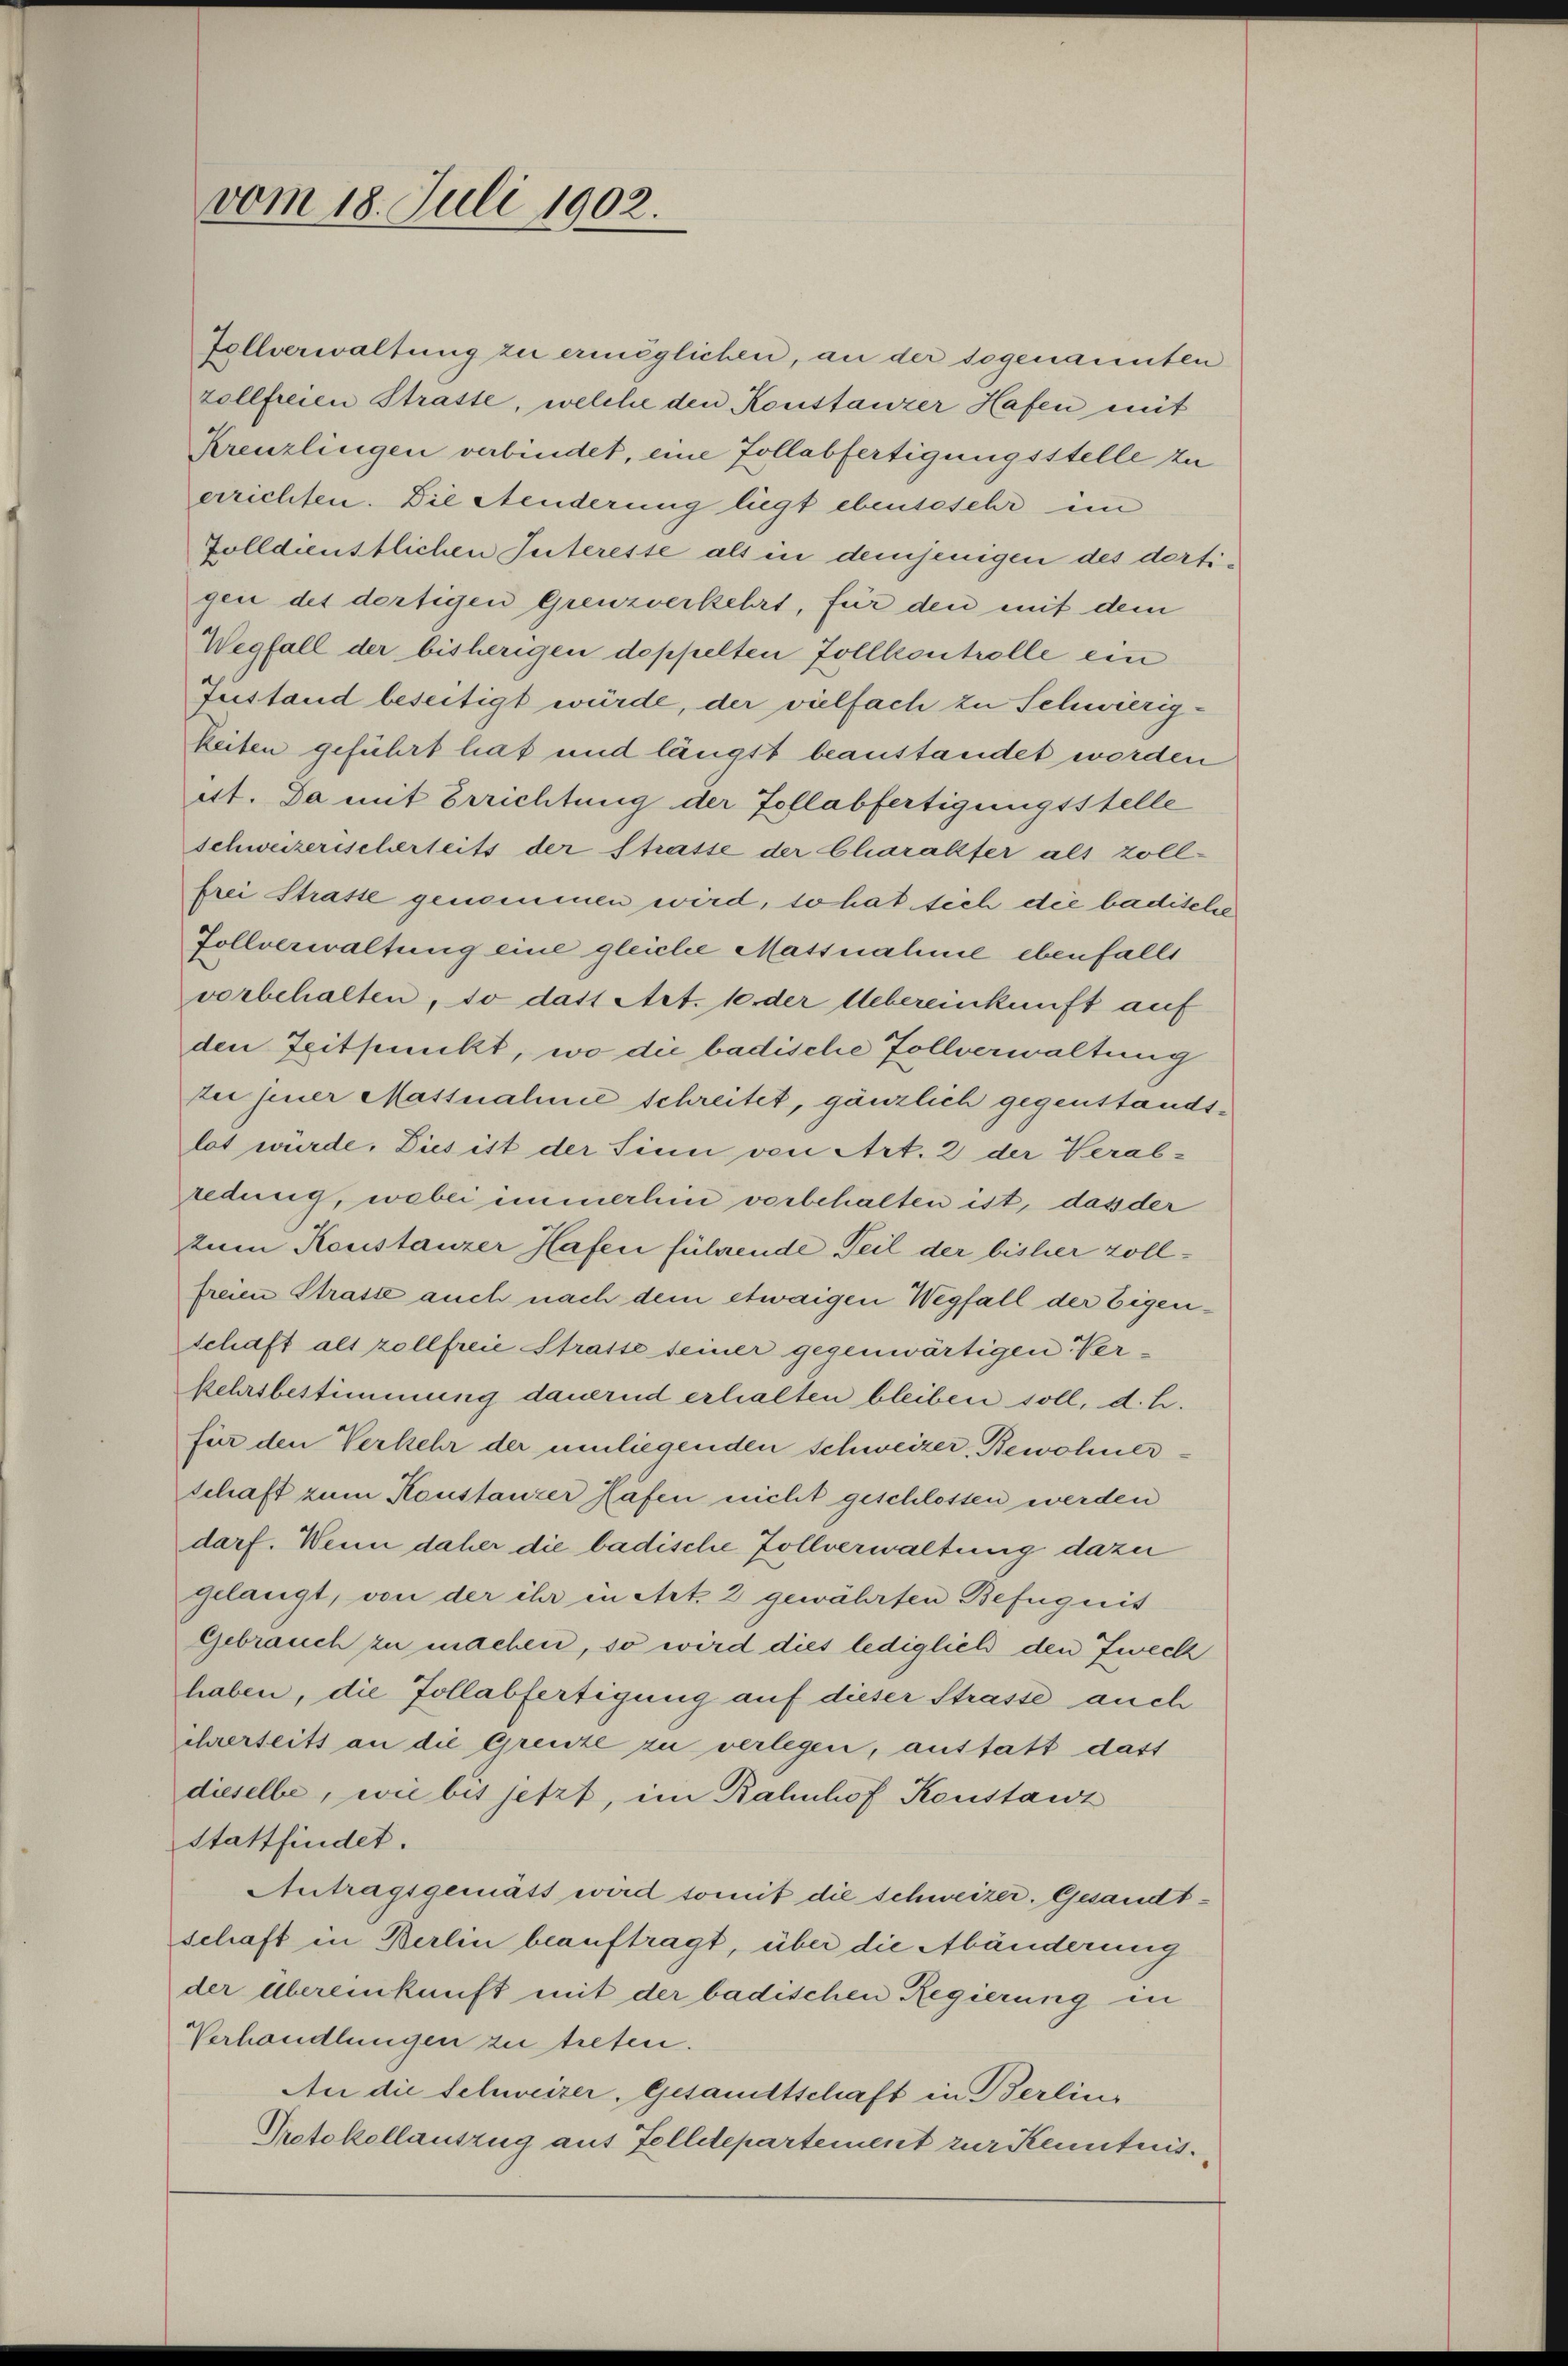
vom 18. Juli 1902.

Zollverwaltung zu ermöglichen, an der sogenannten
zollfreien Straste, welche den Konstanzer Hafen mit
Kreuzlingen verbindet, eine Follabfertigungsstelle zu
errichten. Die Aenderung liegt ebensosehr im
zolldienstlichen Suteresse als in demjenigen des dortigen des dortigen Grenzverkehrt, für den mit dem
Wegfall der bisherigen doppelten Zollkontrolle ein
Zustand beseitigt würde, der vielfach zu Schwierigkeiten geführt hat und längst beanstandet worden
ett. Da mit Errichtung der Tollabfertigungsstelle
schweizeriselerleits der Strasse der Charakter als zoll-
frei Strasse genommen wird, so hat sich die badische
Zollverwaltung eine gleiche Massnahme ebenfalls
vorbehalten, so dass Art. 10 der Uebereinkunft auf
den Zeitpunkt, wo die badische Zollverwaltung
sei jener Massnahme schreitet, gänzlich gegenstandslot würde. Dies ist der Sinn von Art. 2 der Verab-
redung, wobei immerhin vorbehalten ist, das der
zum Konstanzer Hafen führende Teil der bisher zollfreien Strasse auch nach dem etwaigen Wegfall der Eigen¬
Schaft alt zollfreie Strasse seiner gegenwärtigen Verkehrsbestimmung dauernd erhalten bleiben soll, d. h.
für den Verkehr der umliegenden schweizer Bewohnerschaft zum Konstanzer Hafen nicht geschlossen werden
darf. Wenn daher die badische Zollverwaltung dazu
gelangt, von der ihr in Art. 2 gewährten Befugnis
Gebrauch zu machen, so wird dies lediglich den Zweck
haben, die Zollabfertigung auf dieser Strasse auch
ehrerseits an die Grenze zu verlegen, anstatt dass
dieselbe, wie bis jetzt, im Bahnhof Konstanz
stattfindet.
Antragsgemäss wird somit die schweizer. Gesandtschaft in Berlin beauftragt, über die Abänderung
der Übereinkunft mit der badischen Regierung in
Verhandlungen zu treten.
An die Schweizer, Gesandtschaft in Berlin
Protokollauszug aus Felletepartement zur Kenntnis.